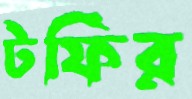
টফির